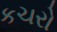
કચરો